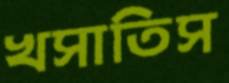
খসাতিস